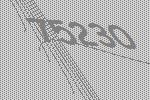
75230